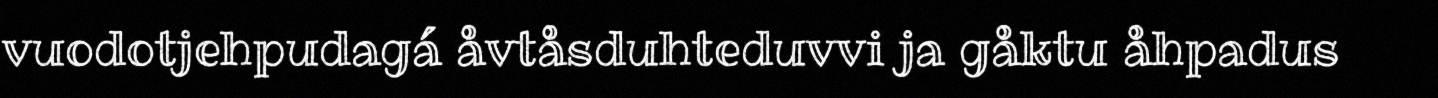
vuodotjehpudagá åvtåsduhteduvvi ja gåktu åhpadus